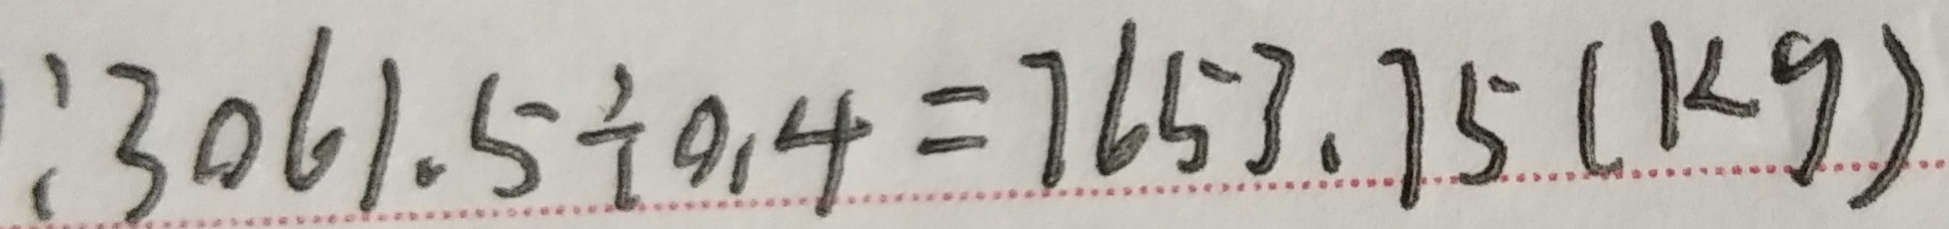
: 3 0 6 1 . 5 \div 0 . 4 = 7 6 5 3 . 7 5 ( k g )